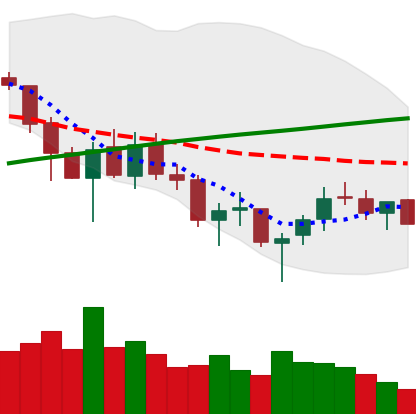
Ticker: LTC-USD
Chart end date: 2018-03-24
Forward return: -28.16%
Label: down_7plus